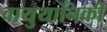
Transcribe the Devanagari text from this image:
वायुयानिकी